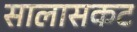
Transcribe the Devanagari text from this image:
सालासकट